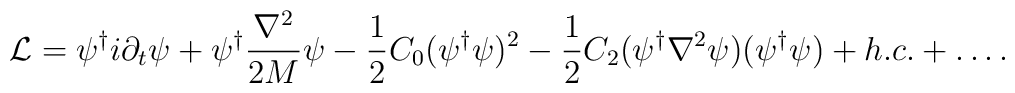
{\cal L}=\psi^\dagger i \partial_t \psi + \psi^\dagger \frac{\nabla^2}{2 M} \psi - \frac{1}{2} C_0 (\psi^\dagger \psi)^2\\-\frac{1}{2} C_2 (\psi^\dagger \nabla^2 \psi) (\psi^\dagger \psi) + h.c. + \ldots.